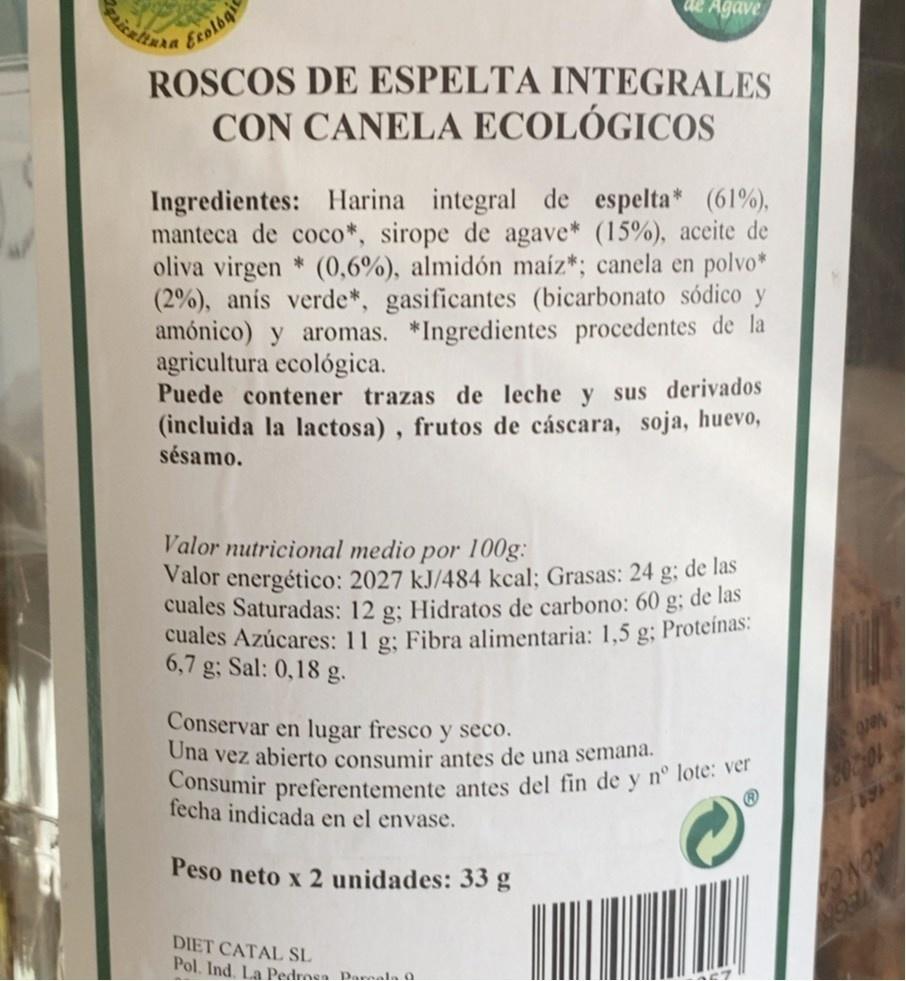
Agave
Ecologi
ROSCOS DE ESPELTA INTEGRALES
CON CANELA ECOLÓGICOS
Ingredientes: Harina integral de espelta* (61%), manteca de coco*, sirope de agave* (15%), aceite de oliva virgen * (0,6%), almidón maíz*; canela en polvo* (2%), anis verde*, gasificantes (bicarbonato sódico amónico) y aromas. Ingredientes procedentes de la agricultura ecológica. Puede contener trazas de leche y sus derivados (incluida la lactosa), frutos de cáscara, soja, huevo, sésamo.
y
Valor nutricional medio por 100g: Valor energético: 2027 kJ/484 kcal; Grasas: 24 cuales Saturadas: 12 g: Hidratos de carbono: 60 g; de las cuales Azúcares: 11 6,7 g; Sal: 0,18 g.
de las
Fibra alimentaria: 1,5 g; Proteinas:
Conservar en lugar fresco y seco. Una vez abierto consumir antes de una semana. Consumir preferentemente antes del fin de y n° lote: ver
fecha indicada en el envase.
Peso neto x 2 unidades: 33 g
DIET CATAL SL Pol. Ind. La Pedrosa Darnala 0